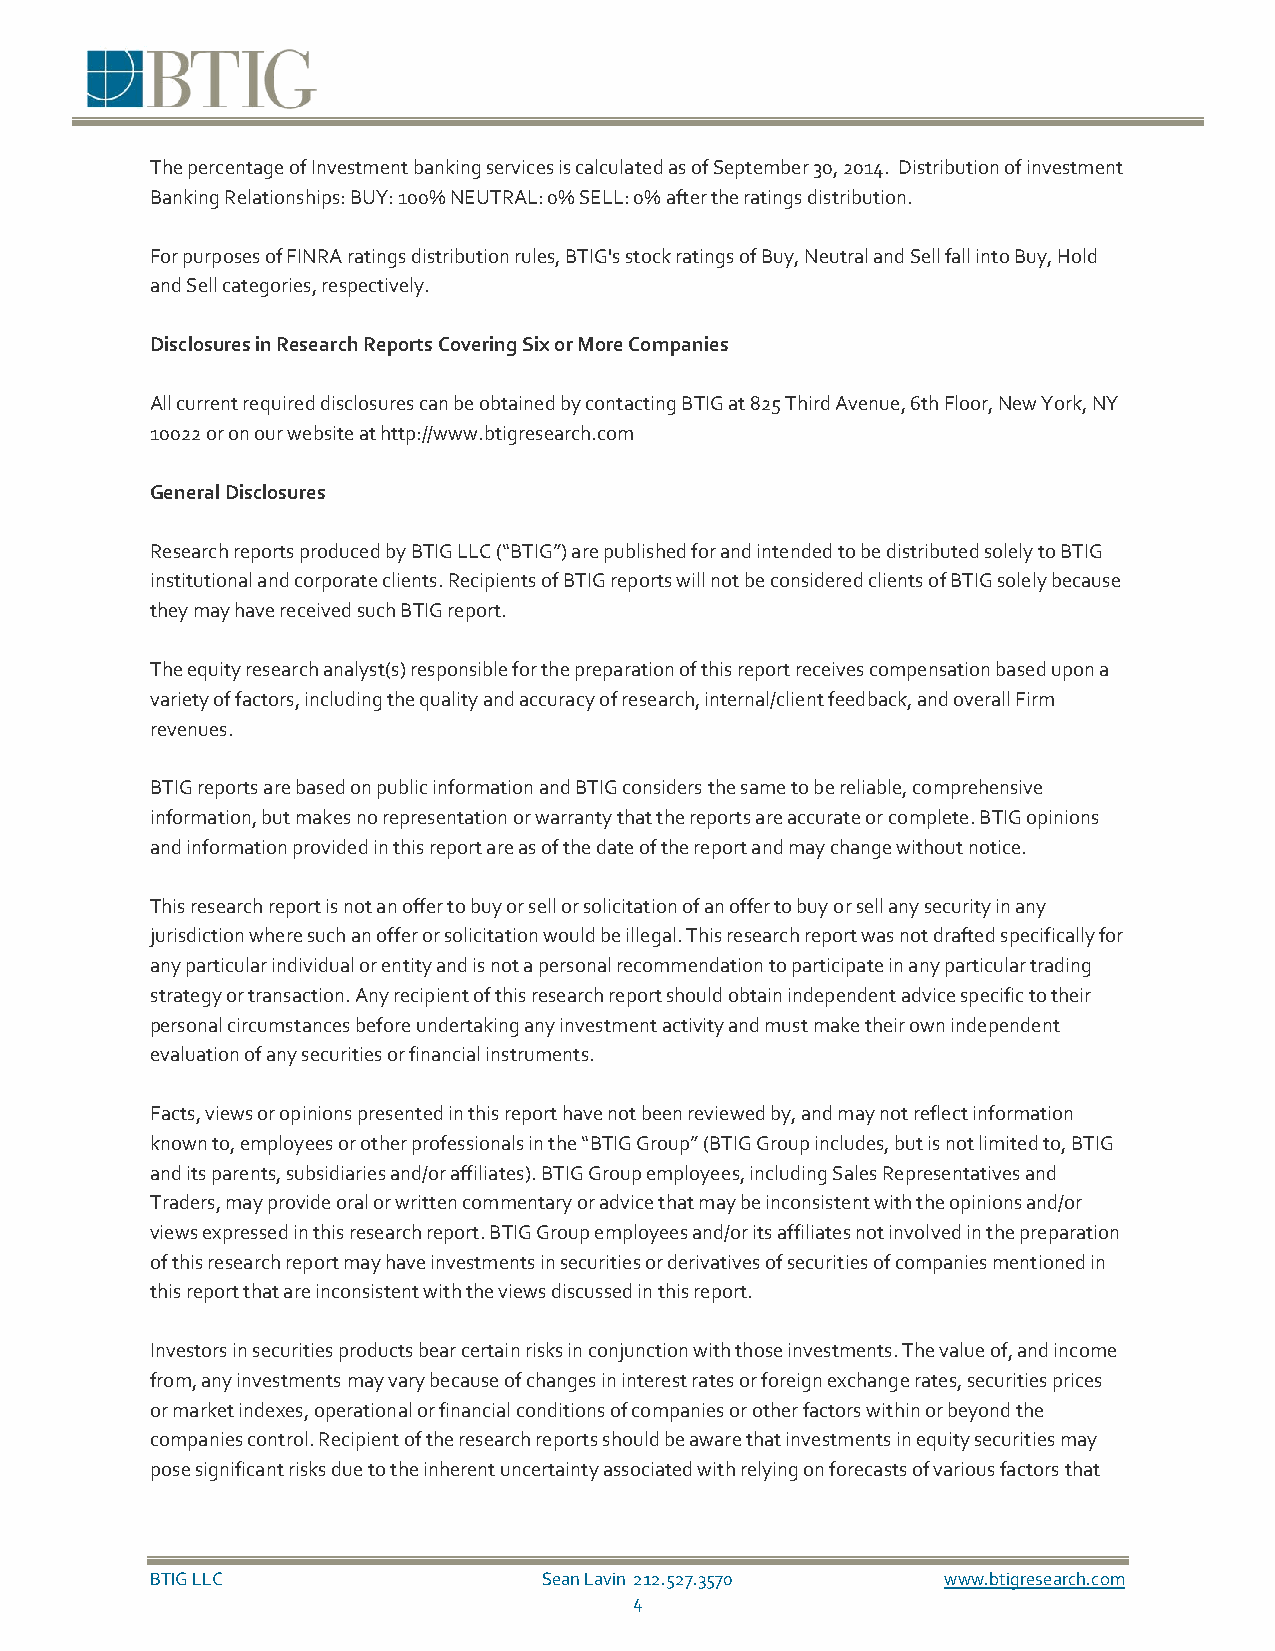
The percentage of Investment banking services is calculated as of September 30, 2014. Distribution of investment
 Banking Relationships: BUY: 100% NEUTRAL: 0% SELL: 0% after the ratings distribution.
 For purposes of FINRA ratings distribution rules, BTIG's stock ratings of Buy, Neutral and Sell fall into Buy, Hold
 and Sell categories, respectively.
 Disclosures in Research Reports Covering Six or More Companies
 All current required disclosures can be obtained by contacting BTIG at 825 Third Avenue, 6th Floor, New York, NY
 10022 or on our website at http://www.btigresearch.com
 General Disclosures
 Research reports produced by BTIG LLC (“BTIG”) are published for and intended to be distributed solely to BTIG
 institutional and corporate clients. Recipients of BTIG reports will not be considered clients of BTIG solely because
 they may have received such BTIG report.
 The equity research analyst(s) responsible for the preparation of this report receives compensation based upon a
 variety of factors, including the quality and accuracy of research, internal/client feedback, and overall Firm
 revenues.
 BTIG reports are based on public information and BTIG considers the same to be reliable, comprehensive
 information, but makes no representation or warranty that the reports are accurate or complete. BTIG opinions
 and information provided in this report are as of the date of the report and may change without notice.
 This research report is not an offer to buy or sell or solicitation of an offer to buy or sell any security in any
 jurisdiction where such an offer or solicitation would be illegal. This research report was not drafted specifically for
 any particular individual or entity and is not a personal recommendation to participate in any particular trading
 strategy or transaction. Any recipient of this research report should obtain independent advice specific to their
 personal circumstances before undertaking any investment activity and must make their own independent
 evaluation of any securities or financial instruments.
 Facts, views or opinions presented in this report have not been reviewed by, and may not reflect information
 known to, employees or other professionals in the “BTIG Group” (BTIG Group includes, but is not limited to, BTIG
 and its parents, subsidiaries and/or affiliates). BTIG Group employees, including Sales Representatives and
 Traders, may provide oral or written commentary or advice that may be inconsistent with the opinions and/or
 views expressed in this research report. BTIG Group employees and/or its affiliates not involved in the preparation
 of this research report may have investments in securities or derivatives of securities of companies mentioned in
 this report that are inconsistent with the views discussed in this report.
 Investors in securities products bear certain risks in conjunction with those investments. The value of, and income
 from, any investments may vary because of changes in interest rates or foreign exchange rates, securities prices
 or market indexes, operational or financial conditions of companies or other factors within or beyond the
 companies control. Recipient of the research reports should be aware that investments in equity securities may
 pose significant risks due to the inherent uncertainty associated with relying on forecasts of various factors that
 BTIG LLC                  Sean Lavin 212.527.3570    www.btigresearch.com
 4